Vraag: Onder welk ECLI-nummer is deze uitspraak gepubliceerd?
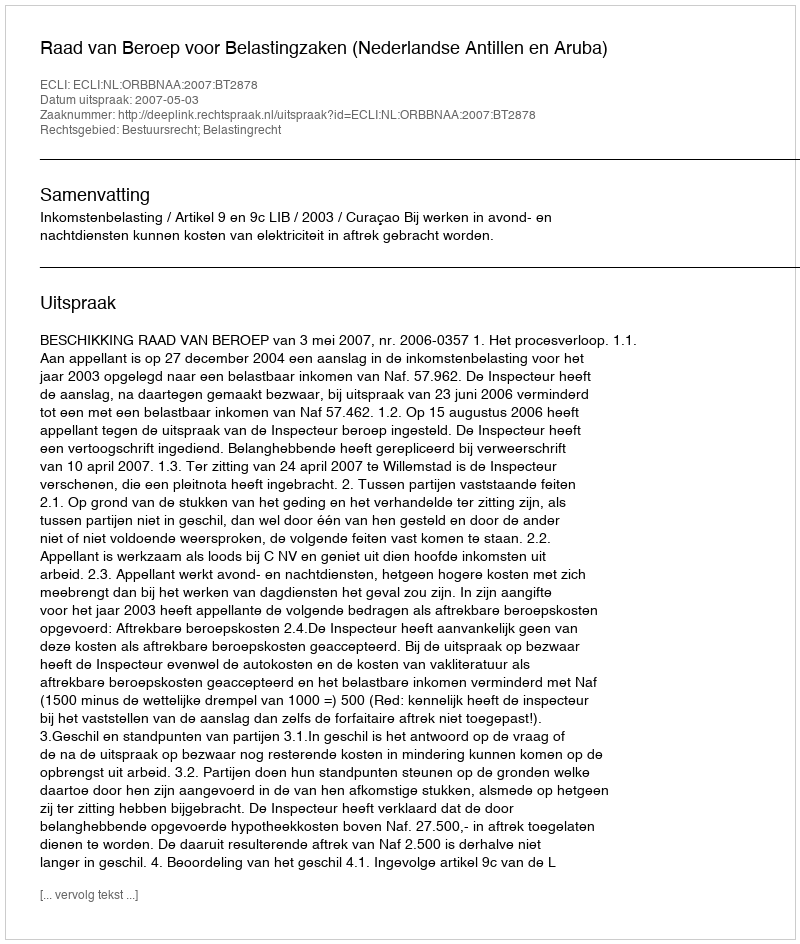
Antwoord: ECLI:NL:ORBBNAA:2007:BT2878